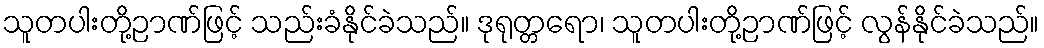
သူတပါးတို့ဉာဏ်ဖြင့် သည်းခံနိုင်ခဲသည်။ ဒုရုတ္တရော၊ သူတပါးတို့ဉာဏ်ဖြင့် လွန်နိုင်ခဲသည်။